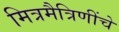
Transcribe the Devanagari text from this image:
मित्रमैत्रिणींचे